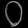
Digit: ၀